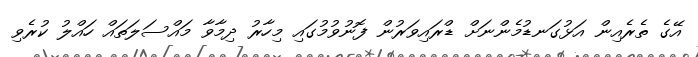
އޭގެ ތެރެއިން އަޅުގަނޑުމެންނަށް ޑްރައިވަރުން ފޮނުވުމުގައި މިހާރު ދިމާވާ މައްސަލަތައް ހައްލު ކުރެވި